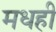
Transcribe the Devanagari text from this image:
मधही